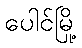
ပေါင်မြို့